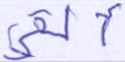
ألقي